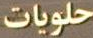
حلويات